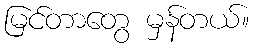
မြင်တာတွေ မှန်တယ်။